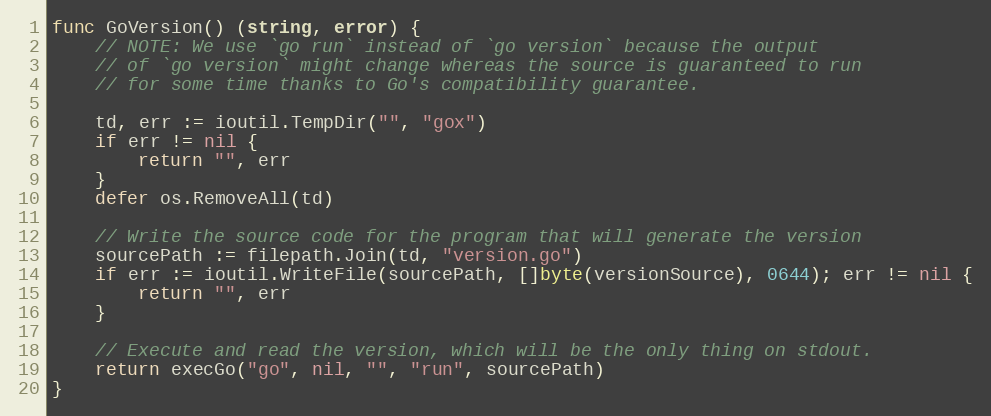
Language: Go
func GoVersion() (string, error) {
	// NOTE: We use `go run` instead of `go version` because the output
	// of `go version` might change whereas the source is guaranteed to run
	// for some time thanks to Go's compatibility guarantee.

	td, err := ioutil.TempDir("", "gox")
	if err != nil {
		return "", err
	}
	defer os.RemoveAll(td)

	// Write the source code for the program that will generate the version
	sourcePath := filepath.Join(td, "version.go")
	if err := ioutil.WriteFile(sourcePath, []byte(versionSource), 0644); err != nil {
		return "", err
	}

	// Execute and read the version, which will be the only thing on stdout.
	return execGo("go", nil, "", "run", sourcePath)
}